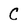
Character: C